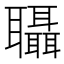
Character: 𮌀